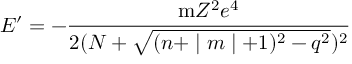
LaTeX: E ^ { \prime } = - \frac { \mathrm { m } Z ^ { 2 } e ^ { 4 } } { 2 ( N + \sqrt { ( n + \mid m \mid + 1 ) ^ { 2 } - q ^ { 2 } } ) ^ { 2 } }